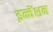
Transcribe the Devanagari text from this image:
इन्वेंशन